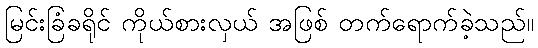
မြင်းခြံခရိုင် ကိုယ်စားလှယ် အဖြစ် တက်ရောက်ခဲ့သည်။